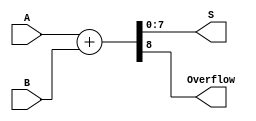
module ParametrizedAdder #(parameter N = 8) (
    input  [N-1:0] A,  // First operand
    input  [N-1:0] B,  // Second operand
    output [N-1:0] S,  // Sum output
    output reg Overflow // Overflow flag
);

    // Behavioral description of the adder
    always @(*) begin
        {Overflow, S} = A + B; // Compute sum and detect overflow
    end

endmodule